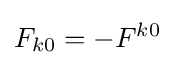
F_{k0}=-F^{k0}